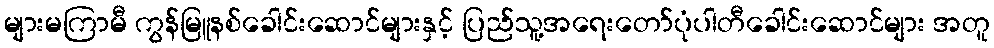
များမကြာမီ ကွန်မြူနစ်ခေါင်းဆောင်များနှင့် ပြည်သူ့အရေးတော်ပုံပါတီခေါင်းဆောင်များ အတူ